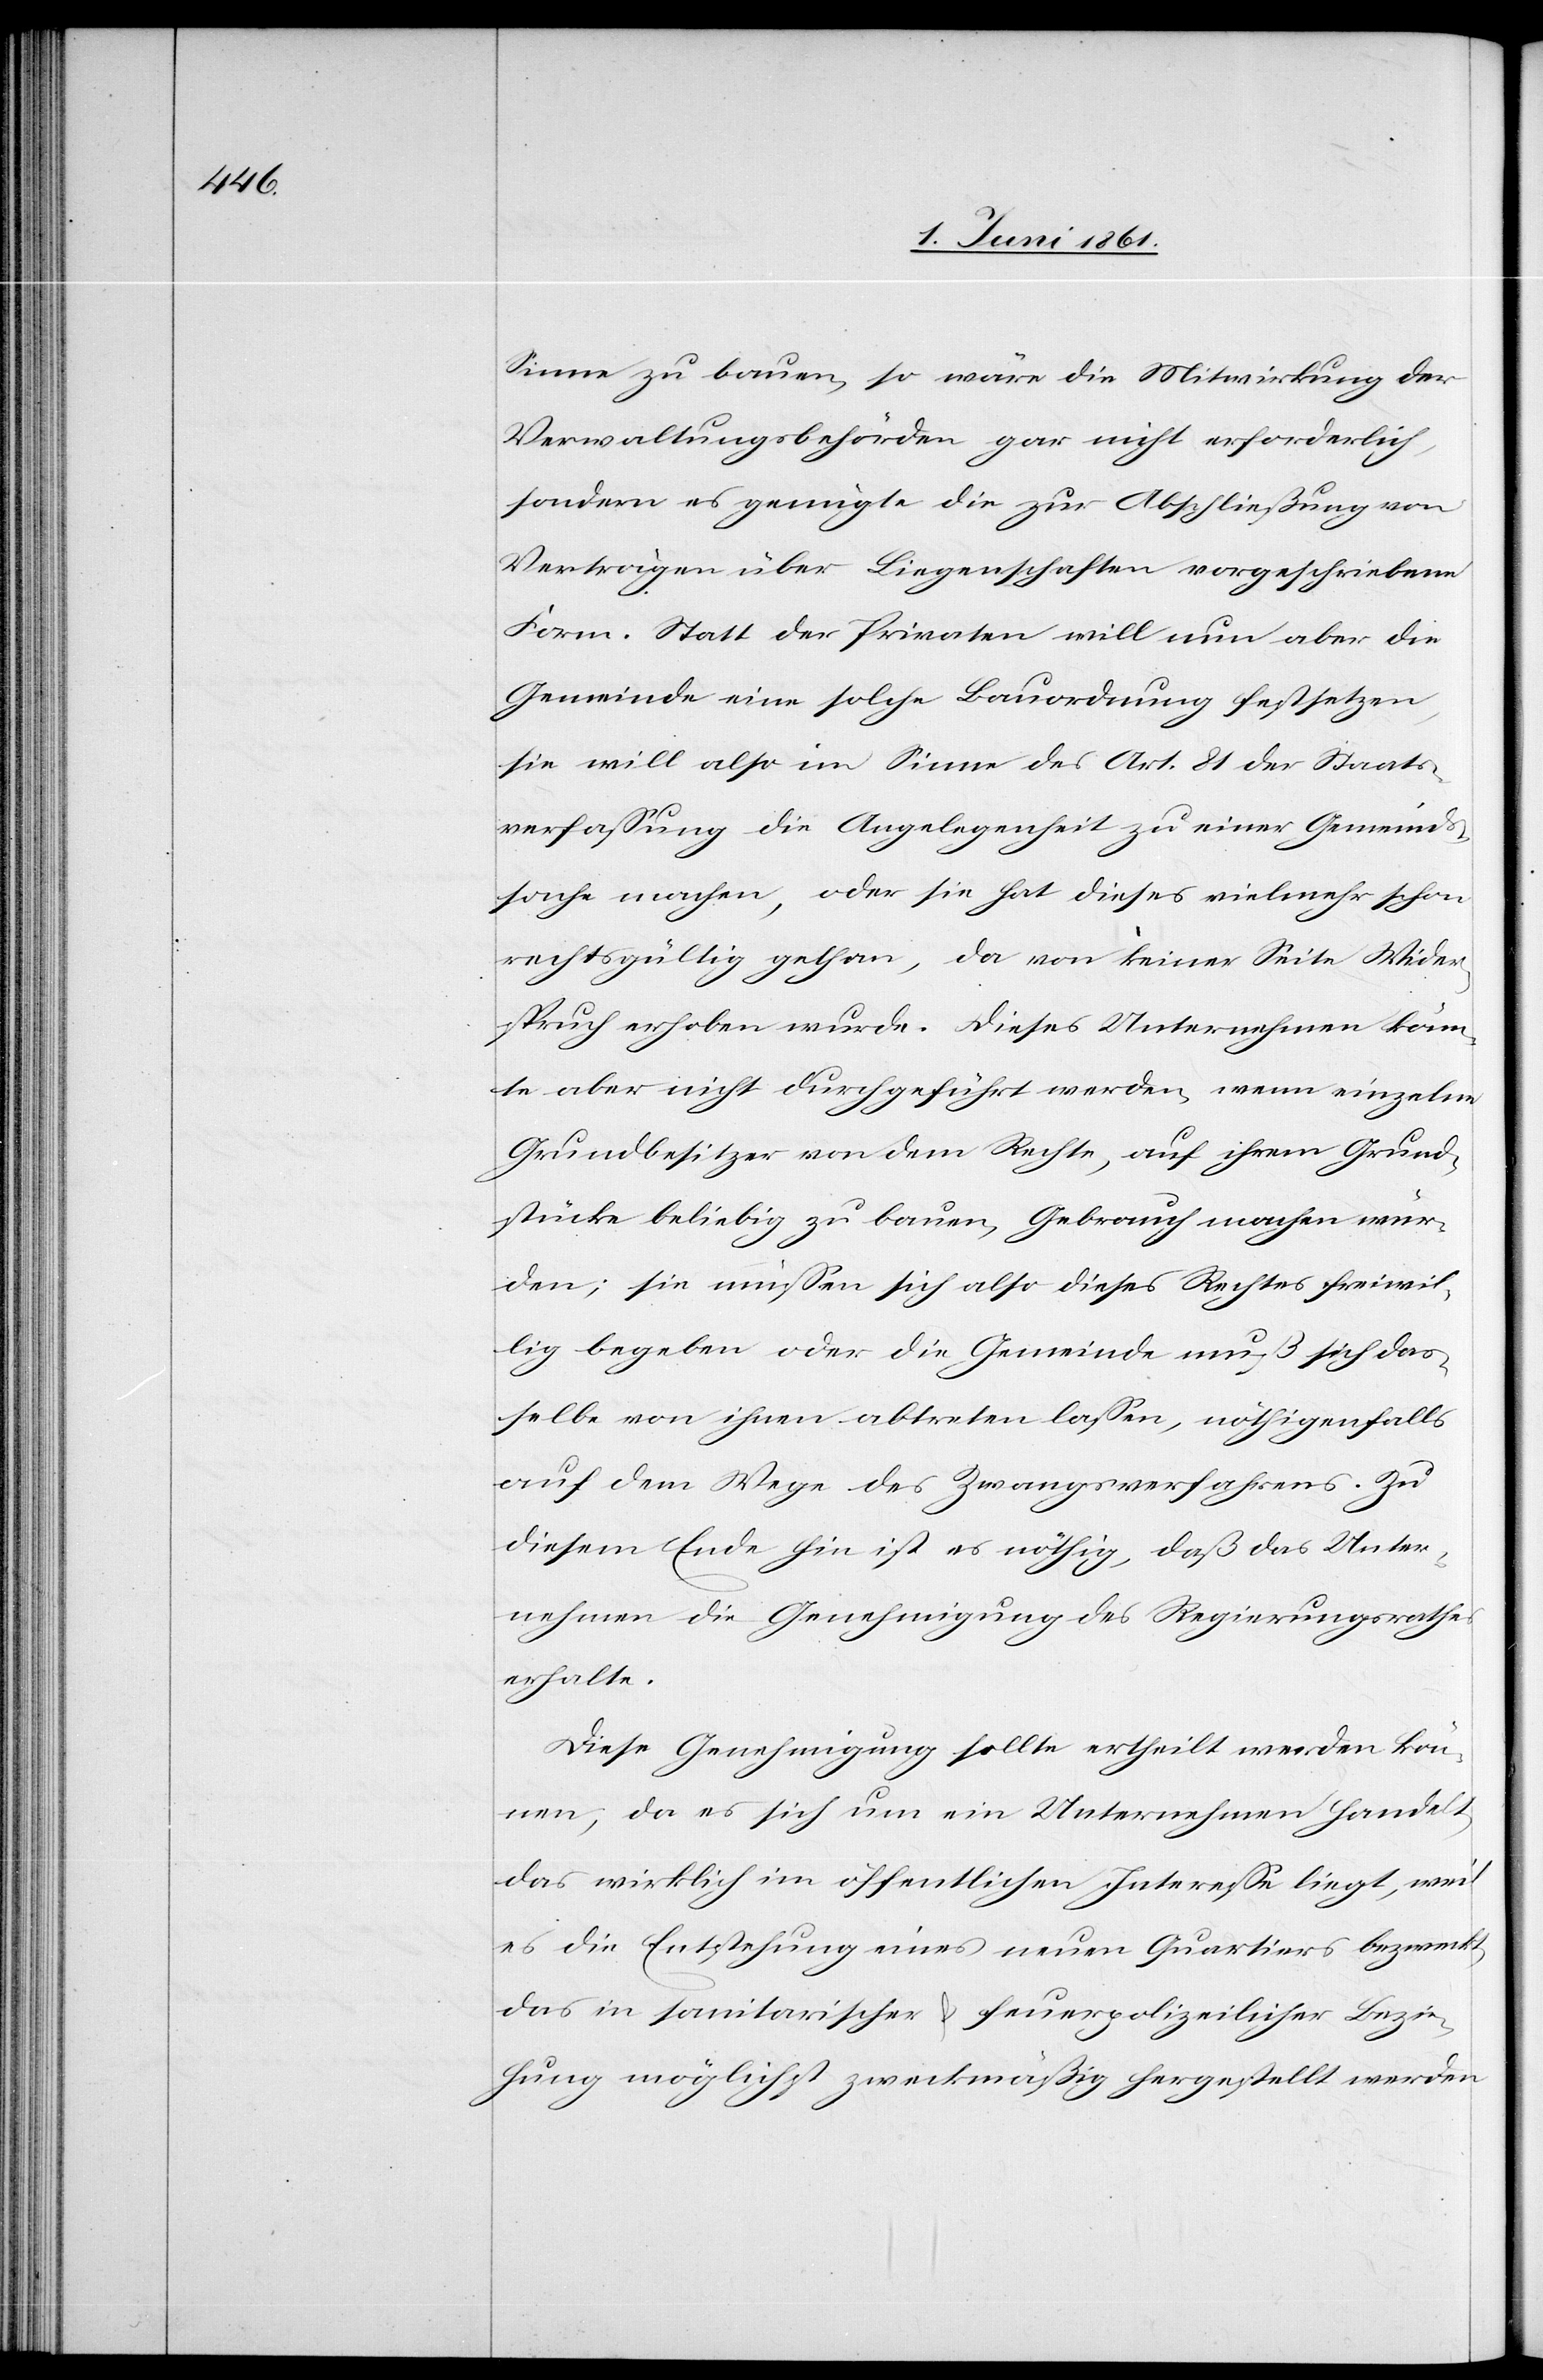
Sinne zu bauen, so wäre die Mitwirkung der
Verwaltungsbehörden gar nicht erforderlich,
sondern es genügte die zur Abschließung von
Verträgen über Liegenschaften vorgeschriebene
Form. Statt der Privaten will nun aber die
Gemeinde eine solche Bauordnung festsetzen,
sie will also im Sinne des Art. 81 der Staats¬
verfassung die Angelegenheit zu einer Gemeinds¬
sache machen, oder sie hat dieses vielmehr schon
rechtsgültig gethan, da von keiner Seite Wider¬
spruch erhoben wurde. Dieses Unternehmen könn¬
te aber nicht durchgeführt werden, wenn einzelne
Grundbesitzer von dem Rechte, auf ihrem Grund¬
stücke beliebig zu bauen, Gebrauch machen wür¬
den; sie müssen sich also dieses Rechtes freiwil¬
lig begeben oder die Gemeinde muß sich das¬
selbe von ihnen abtreten lassen, nöthigenfalls
auf dem Wege des Zwangsverfahrens. Zu
diesem Ende hin ist es nöthig, daß das Unter¬
nehmen die Genehmigung des Regierungsrathes
erhalte.
Diese Genehmigung sollte ertheilt werden kön¬
nen, da es sich um ein Unternehmen handelt,
das wirklich im öffentlichen Interesse liegt, weil
es die Entstehung eines neuen Quartiers bezweckt,
das in sanitarischer u. feuerpolizeilicher Bezie¬
hung möglichst zweckmäßig hergestellt werden